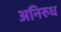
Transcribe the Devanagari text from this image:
अनिरुध